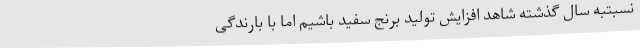
نسبتبه سال گذشته شاهد افزایش تولید برنج سفید باشیم اما با بارندگی